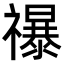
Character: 𮂡